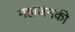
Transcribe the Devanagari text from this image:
महाजनकी